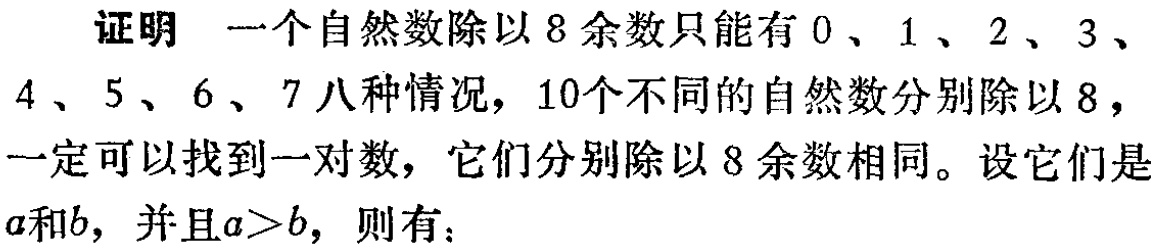
证明 一个自然数除以8余数只能有0、1、2、3、4、5、6、7八种情况，10个不同的自然数分别除以8，一定可以找到一对数，它们分别除以8余数相同。设它们是\(a\)和\(b\)，并且\(a > b\)，则有：